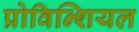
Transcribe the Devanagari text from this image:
प्रोविन्शियल